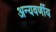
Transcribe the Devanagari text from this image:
अन्यवर्णीय